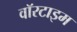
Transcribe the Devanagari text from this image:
वॉरटाइम